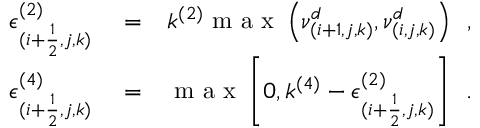
\begin{array} { r l r } { \epsilon _ { ( i + \frac { 1 } { 2 } , j , k ) } ^ { ( 2 ) } } & { { } = } & { k ^ { ( 2 ) } \mathrm { ~ m ~ a ~ x ~ } \left( \nu _ { ( i + 1 , j , k ) } ^ { d } , \nu _ { ( i , j , k ) } ^ { d } \right) \, \mathrm { ~ , ~ } } \\ { \epsilon _ { ( i + \frac { 1 } { 2 } , j , k ) } ^ { ( 4 ) } } & { { } = } & { \mathrm { ~ m ~ a ~ x ~ } \left[ 0 , k ^ { ( 4 ) } - \epsilon _ { ( i + \frac { 1 } { 2 } , j , k ) } ^ { ( 2 ) } \right] \, \mathrm { ~ . ~ } } \end{array}